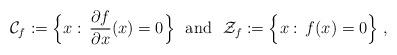
LaTeX: \begin{align*}\mathcal{C}_f:=\Big\{x:\, \frac{\partial f}{\partial x}(x)=0\Big\} \ \ {\rm and} \ \ \mathcal{Z}_f:=\Big\{x:\, f(x)=0\Big\} \ ,\end{align*}